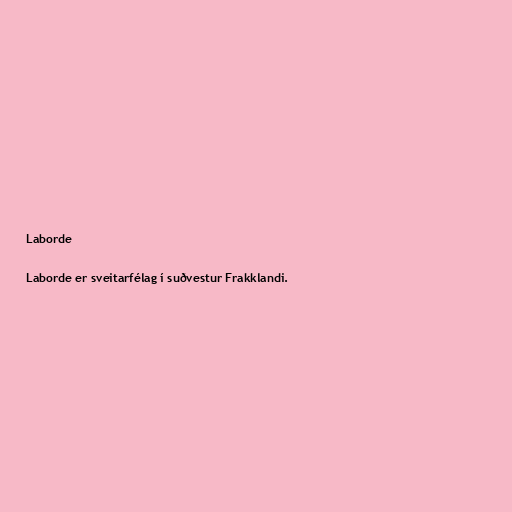
Laborde

Laborde er sveitarfélag í suðvestur Frakklandi.